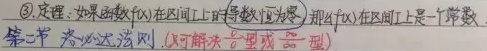
\textcircled{3} 定理：如果函数 \(f(x)\) 在区间 \(I\) 上的导数恒为零，那么 \(f(x)\) 在区间 \(I\) 上是一个常数。

第二节 洛必达法则。(可解决 \(\frac{0}{0}\) 型或 \(\frac{\infty}{\infty}\) 型)